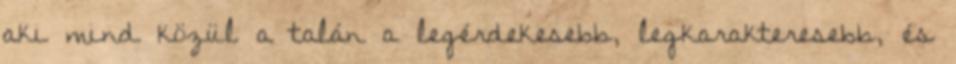
aki mind közül a talán a legérdekesebb, legkarakteresebb, és